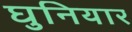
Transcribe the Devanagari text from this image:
घुनियार